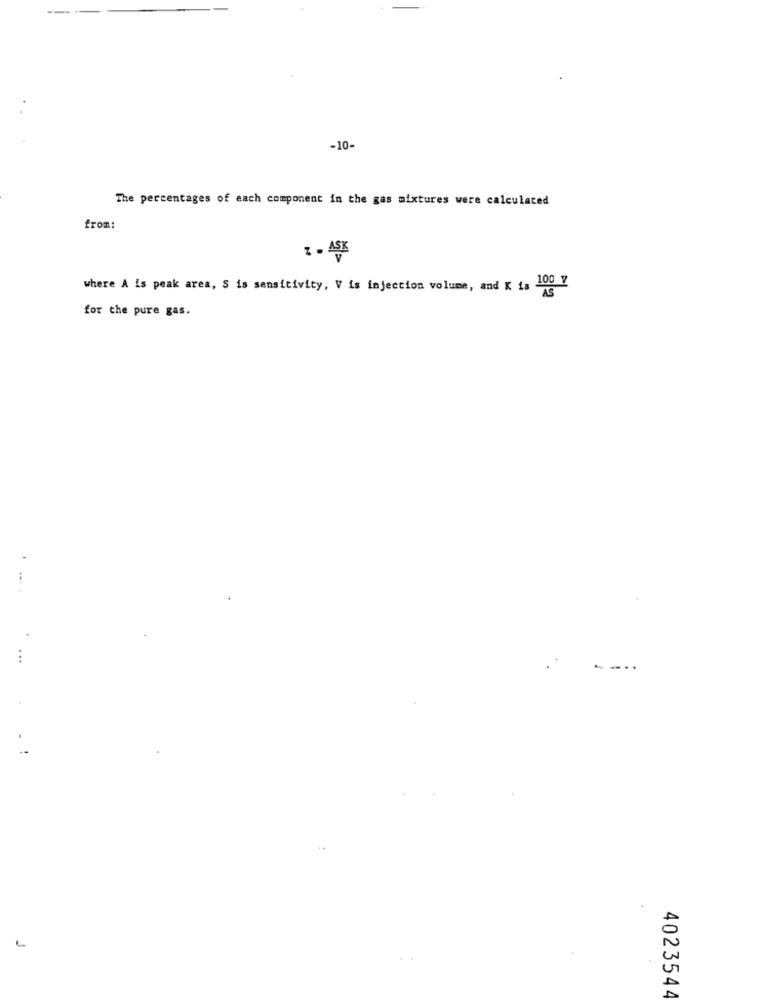
-10-
The percentages of each component in the gas mixtures were calculated
from:
1 - ASK
where A is peak area, S is sensitivity, V is injection volume, and K is 100 Y
for the pure gas.
...
4023544